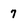
Character: 7